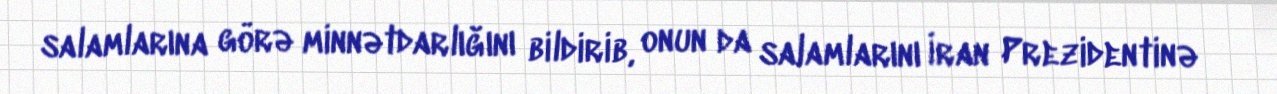
salamlarına görə minnətdarlığını bildirib, onun da salamlarını İran Prezidentinə